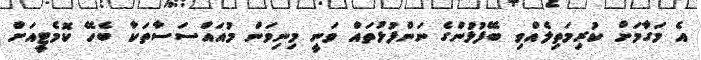
އެ މަގާމަށް ކުރިމަތިލެއްވި ބޭފުޅުންގެ ނަންފުޅުތައް ވަނީ މިނިވަން މުއައްސަސާތަކާ ބެހޭ ކޮމެޓީއަށް